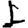
Digit: 1